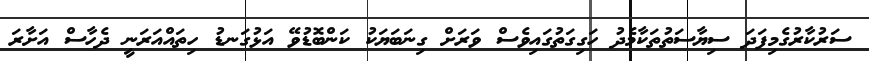
ސަރުކާރުގެމިފަދަ ސިޔާސަތުތަކާމެދު ހަގިގަތުގައިވެސް ވަަރަށް ގިނަބަޔަކު ކަންބޮޑުވޭ އަޅުގަނޑު ހިތައްއަރަނީ ދެހާސް އަށާރަ